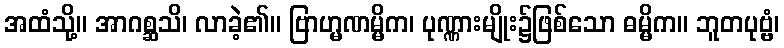
အထံသို့။ အာဂစ္ဆသိ၊ လာခဲ့၏။ ဗြာဟ္မဏမ္မိက၊ ပုဏ္ဏားမျိုး၌ဖြစ်သော ဓမ္မိက။ ဘူတပုဗ္ဗံ၊